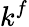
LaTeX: k^{f}